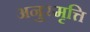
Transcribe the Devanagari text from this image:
अनुस्मृत्ति